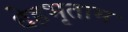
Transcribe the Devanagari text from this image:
देहभृताम